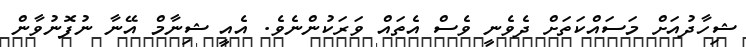
ޝިހާދުއަށް މަސައްކަތަށް ދެވެނީ ވެސް އެތައް ވަރަކުންނެވެ. އެއީ ޝިނާމް އޭނާ ނުފޮނުވާން